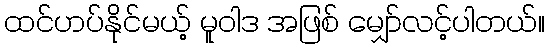
ထင်ဟပ်နိုင်မယ့် မူဝါဒ အဖြစ် မျှော်လင့်ပါတယ်။